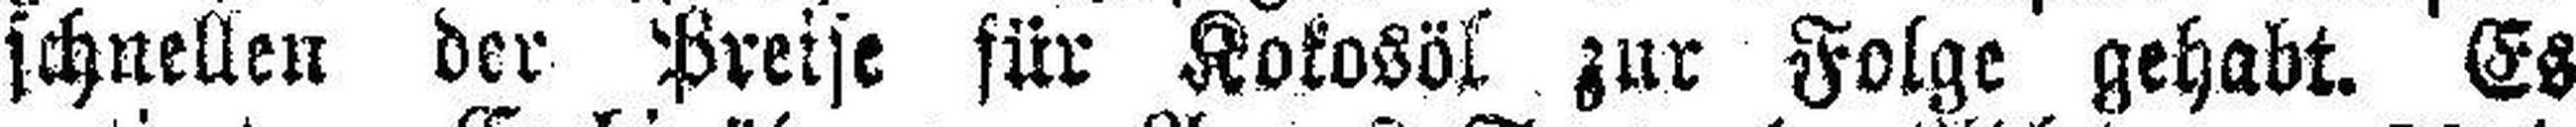
schnellen der Preise für Kokosöl zur Folge gehabt. Es